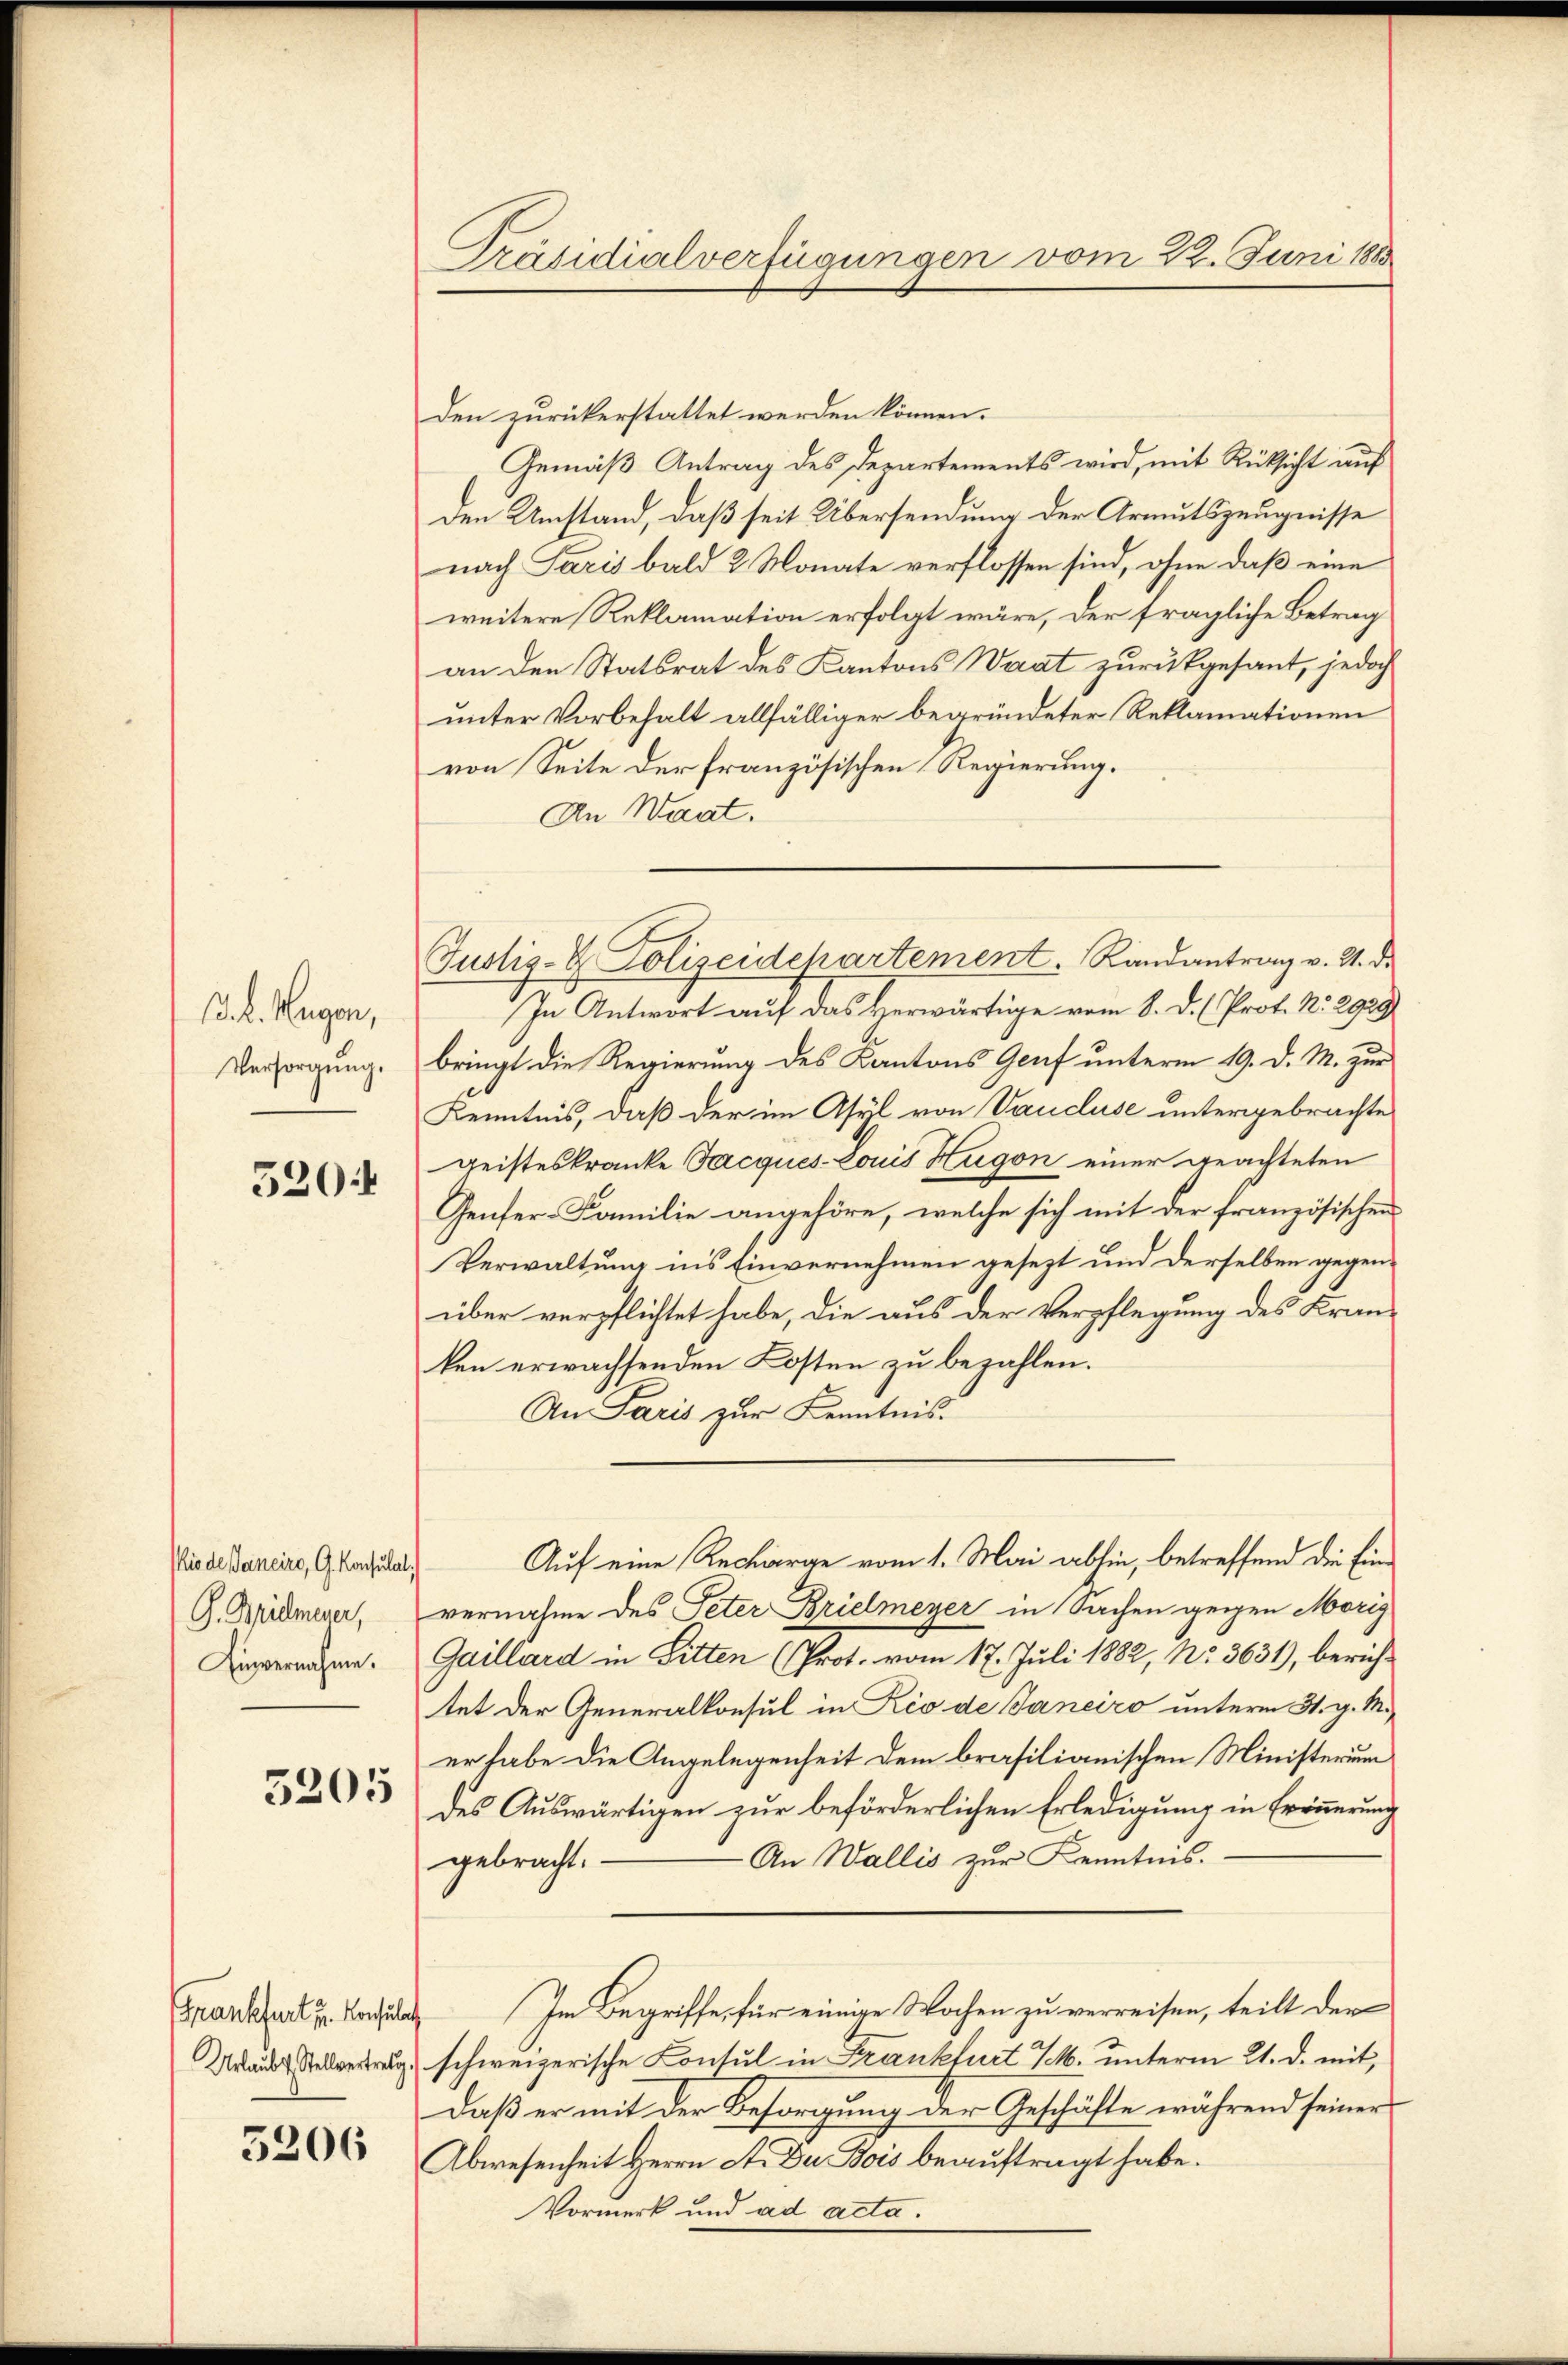
13. k. Hugen,
Versorgung.

520.

iode Janeiro, G. Konsulat,
G. Millmener,
Einvernahme.

5205

5206

Präsidialverfügungen vom 22. Juni 1888

den zurückerstattet werden können.
Gemäß Antrag des Departements wird, mit Rücksicht auf
Den Umstand, daß seit Übersendung der Armutszeugnisse
nach Paris bald 2 Monate verflossen sind, ohne daß eine
weitere Reklamation erfolgt wäre, der fragliche Betrag
an den Statsrat des Kantons Waat zurückgesant, jedoch
unter Vorbehalt allfälliger begründeter Reklamationen
von Seite der französischen Regierung.
An Waat.
In Antwort auf das Verwärtige vom 8. d. Prot. N. 2929
bringt die Regierung des Kantons Genf unterm 19. d. M. zur
Kenntnis, daß der im Asyl von Vaudluse untergebrachte
geisteskranke Jacques-Louis Hugon einer geachteten
Genfer-Familie angehöre, welche sich mit der französischen
Verwaltung ins Einvernehmen gesezt und derselben gegenüber verpflichtet habe, die aus der Verpflegung des Kranken erwachsenden Kosten zu bezahlen.
An Paris zur Kenntnis.
Auf eine Recharge vom 1. Mai abhin, betreffend die Einvernahme des Peter Brielmeyer in Sachen gegen Morig
Gaillard in Sitten (Prot. vom 17. Juli 1882, No. 3631), berichtet der Generalkonsul in Rio de Janeiro unterm 31. v. M.
er habe die Angelegenheit dem brasilianischen Ministerium
des Auswärtigen zur beförderlichen Erledigung in Erinnerung
- An Wallis zur Kenntnis.
gebracht.
Frankfurt zu Bachung Im Begriffe, für einige Wochen zu verreisen, teilt der
g schweizerische Contul in Krankfurt M. unterm 21. d. mit,
daß er mit der Besorgung der Geschäfte während seiner
Abwesenheit Herrn A. Du Bois beauftragt habe.
Vormerk und ad acta.

Justiz- & Polizeidepartement. Randantrag v. 4. d.